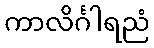
ကာလိင်္ဂါရညံ